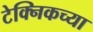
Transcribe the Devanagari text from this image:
टेक्निकच्या